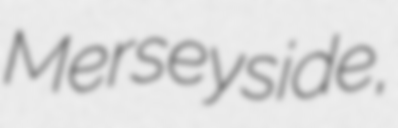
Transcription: Merseyside,